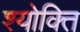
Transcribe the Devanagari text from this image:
श्योक्ति